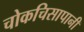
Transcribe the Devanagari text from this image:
चोकचिसापानी